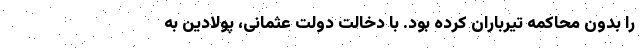
را بدون محاکمه تیرباران کرده بود. با دخالت دولت عثمانی، پولادین به